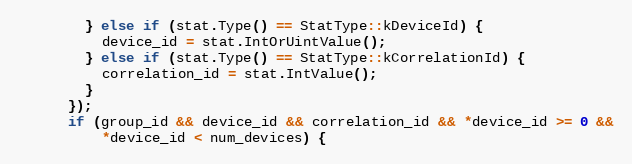
Language: C++
        } else if (stat.Type() == StatType::kDeviceId) {
          device_id = stat.IntOrUintValue();
        } else if (stat.Type() == StatType::kCorrelationId) {
          correlation_id = stat.IntValue();
        }
      });
      if (group_id && device_id && correlation_id && *device_id >= 0 &&
          *device_id < num_devices) {